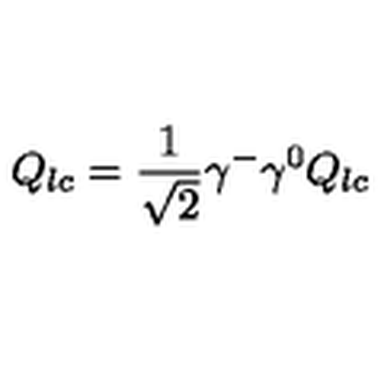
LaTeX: Q _ { l c } = \frac { 1 } { \sqrt 2 } \gamma ^ { - } \gamma ^ { 0 } Q _ { l c }